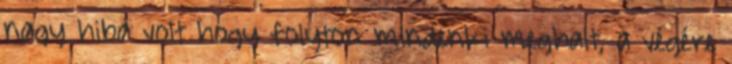
nagy hiba volt hogy folyton mindenki meghalt, a végére